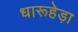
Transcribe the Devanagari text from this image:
धारूहेड़ा